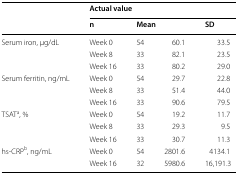
<table><thead><tr><td rowspan="2"></td><td colspan="4"><b>Actual value</b></td></tr><tr><td><b>n</b></td><td colspan="2"><b>Mean</b></td><td><b>SD</b></td></tr></thead><tbody><tr><td rowspan="3">Serum iron, μg/dL</td><td>Week 0</td><td>54</td><td>60.1</td><td>33.5</td></tr><tr><td>Week 8</td><td>33</td><td>82.1</td><td>23.5</td></tr><tr><td>Week 16</td><td>33</td><td>80.2</td><td>29.0</td></tr><tr><td rowspan="3">Serum ferritin, ng/mL</td><td>Week 0</td><td>54</td><td>29.7</td><td>22.8</td></tr><tr><td>Week 8</td><td>33</td><td>51.4</td><td>44.0</td></tr><tr><td>Week 16</td><td>33</td><td>90.6</td><td>79.5</td></tr><tr><td rowspan="3">TSAT<sup>a</sup>, %</td><td>Week 0</td><td>54</td><td>19.2</td><td>11.7</td></tr><tr><td>Week 8</td><td>33</td><td>29.3</td><td>9.5</td></tr><tr><td>Week 16</td><td>33</td><td>30.7</td><td>11.3</td></tr><tr><td rowspan="2">hs-CRP<sup>b</sup>, ng/mL</td><td>Week 0</td><td>54</td><td>2801.6</td><td>4134.1</td></tr><tr><td>Week 16</td><td>32</td><td>5980.6</td><td>16,191.3</td></tr></tbody></table>